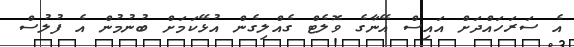
އެ ސަރަހައްދަށް އައިސް އޭނާގެ ވޮލެޓް ގެއްލިގެން އުޅޭކަމަށް ބުނުމުން އެ ފުލުސް